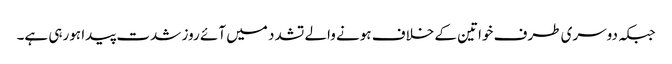
جبکہ دوسری طرف خواتین کے خلاف ہونے والے تشدد میں آئے روز شدت پیدا ہورہی ہے۔